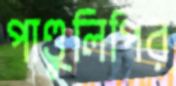
পাণ্ডুলিপির